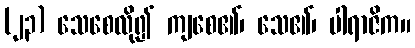
(၂၃) သေစေလို၍ ကျစေ၏၊ သေ၏၊ ပါရာဇိက။